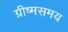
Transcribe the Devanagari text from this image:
ग्रीष्मसमय